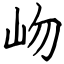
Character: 岉